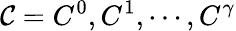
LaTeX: \mathcal{C}={C^{0},C^{1},\cdots,C^{\gamma}}